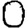
Digit: 0